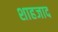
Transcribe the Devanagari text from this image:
शाहजाद